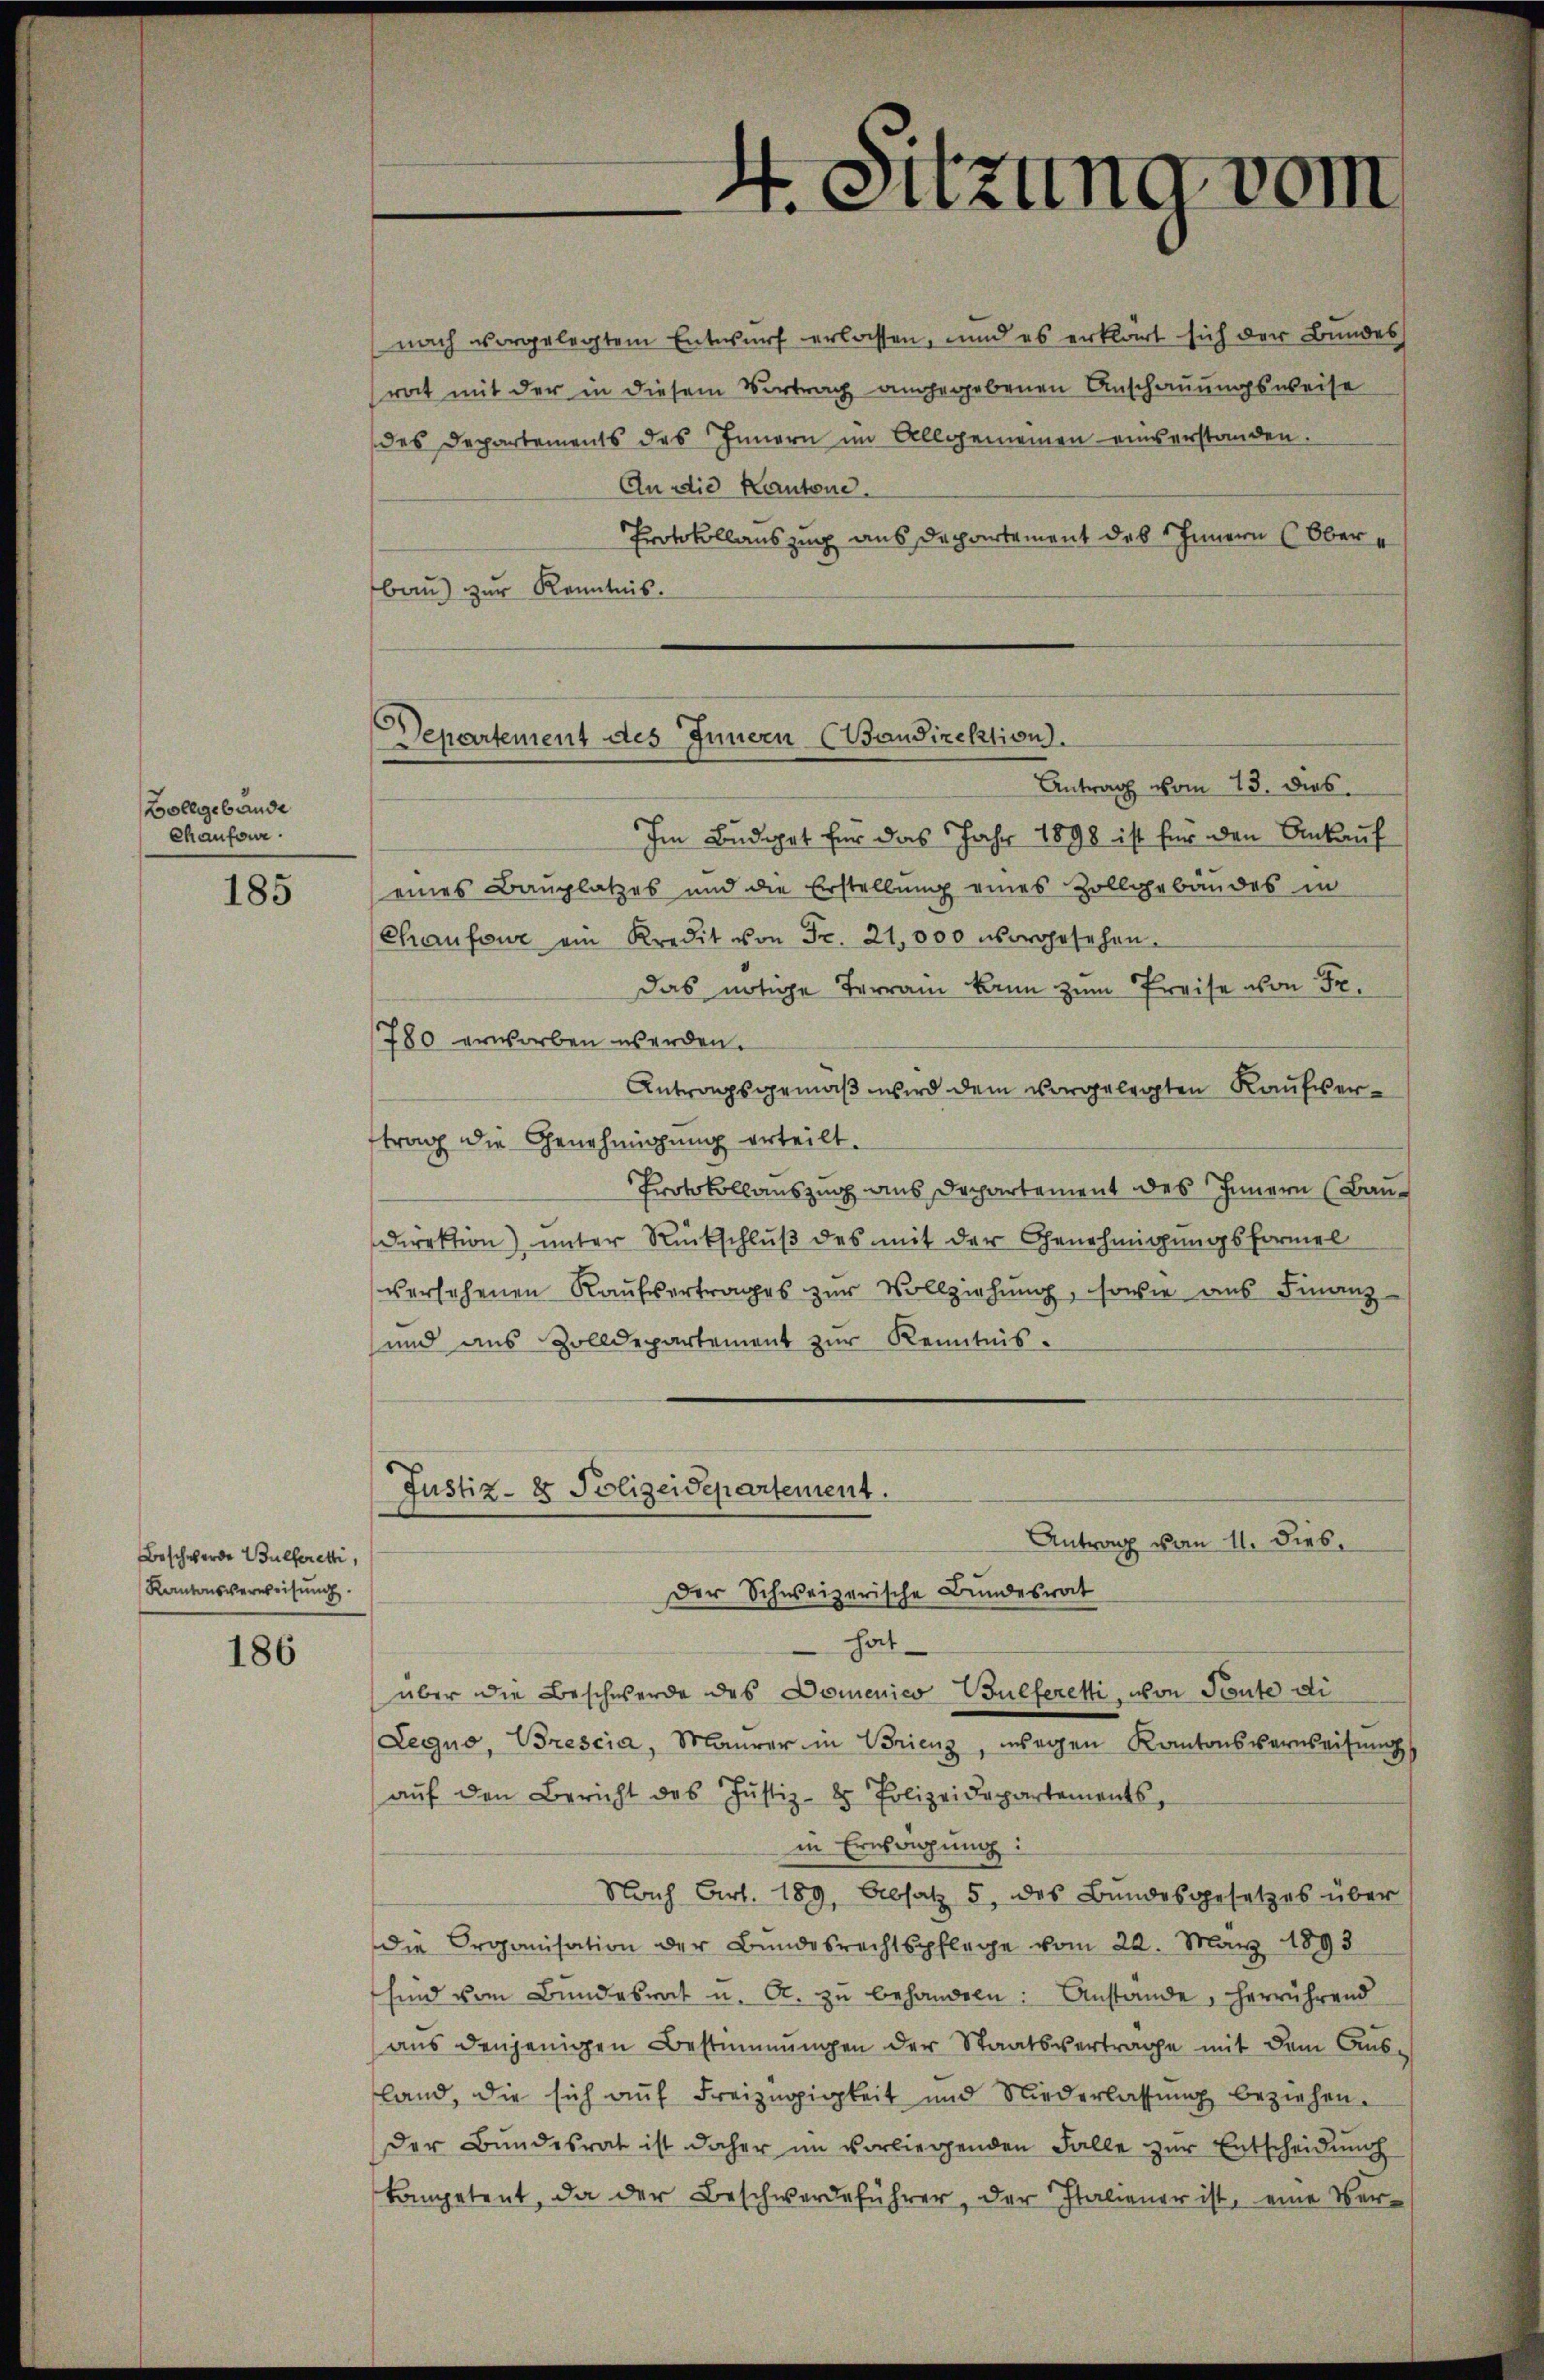
Bollgebäude
Chaufour.

185

Beschwerde Bulferetti,
Kantonsverweisung.

186

nach vorgelegtem Entwurf erlassen, und es erklärt sich der Bundes
rat mit der in diesem Vortrag angegebenen Anschauungsweise
des Departements des Innern im Allgemeinen einverstanden.
An die Kantone.
Protokollauszug aus Departement des Innern (Ober
bau) zur Kenntnis.
Im Budget für das Jahr 1898 ist für den Ankauf
eines Bauplatzes und die Erstellung eines Zollgebäudes in
Chaufowe am Kredit von Fr. 21,000 vorgesehen.
Das nötige Terran kann zum Preise von Fr.
780 erworben werden.
Antragsgemäß wird dem vorgelegten Kaufverftrag die Genehmigung erteilt.
Protokollauszug aus Departement des Innern (Bau¬
Direktion) unter Rückschlŭβ des mit der Genehmigungsformel
versehenen Kaufvertrages zur Vollziehung, sowie aus Finanz-
und aus Zolldepartement zŭr Kenntnis.
Justiz- & Polizeidepartement.
Antrag vom 11. dies
Der Schweizerische Bundesrat
hat
über die Beschwerde des Domenico Bulferetti, von Teute di
Legno, Brescia, Maurer in Brienz, wegen Kantonsverweisung
aŭf den Bericht des Jŭstiz- & Polizeidepartements,
in Ernstigung:
Nach Art. 189, Absatz 5, des Bundesgesetzes über
die Organisation der Bundesrechtspflege vom 22. März 1893
sind vom Bundesrat u. A. zŭ behandeln: Anstände, herrührend
aus denjenigen Bestimmungen der Staatsvertrage mit dem Aus-
land, die sich aŭf Freizügigkeit und Niederlassŭng beziehen.
der Bŭndesrat ist daher im vorliegenden Falle zŭr Entscheidŭng
kompetent, da der Beschwerdeführer, der Italiener ist, eine Ver-

4. Sitzung vom

s
Departement des Innern (Baudirektion.
Antrag vom 13. dies